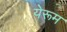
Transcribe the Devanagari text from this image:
येरूम